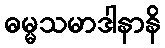
ဓမ္မသမာဒါနာနိ